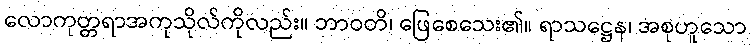
လောကုတ္တရာအကုသိုလ်ကိုလည်း။ ဘာဝတိ၊ ဖြေစေသေး၏။ ရာသဋ္ဌေန၊ အစုဟူသော